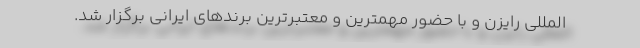
المللی رایزن و با حضور مهمترین و معتبرترین برندهای ایرانی برگزار شد.